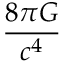
\frac { 8 \pi G } { c ^ { 4 } }